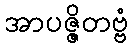
အာပဇ္ဇိတဗ္ဗံ